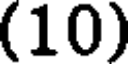
(10)